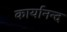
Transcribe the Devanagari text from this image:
कार्यानन्द